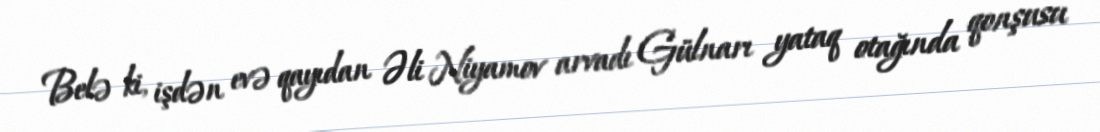
Belə ki, işdən evə qayıdan Əli Niyamov arvadı Gülnarı yataq otağında qonşusu